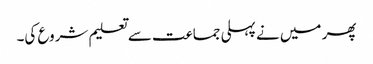
پھر میں نے پہلی جماعت سے تعلیم شروع کی۔